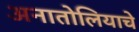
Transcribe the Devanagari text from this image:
अनातोलियाचे